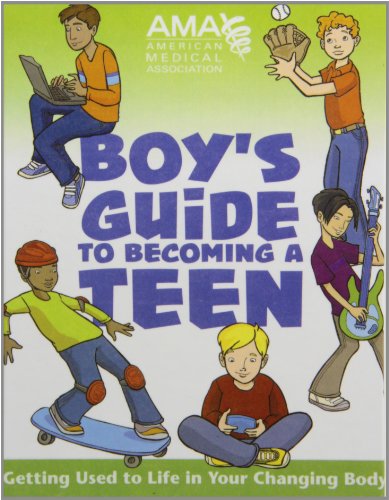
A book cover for American Medical Association Boy's Guide to Becoming a Teen; Teen & Young Adult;